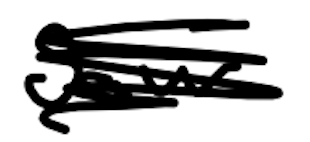
Text: saw
Cross-out: scratch
Writing tool: digital_black